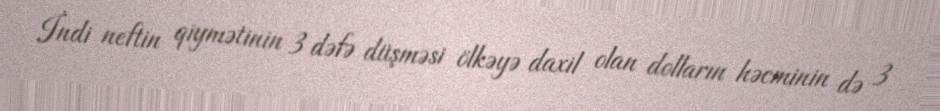
İndi neftin qiymətinin 3 dəfə düşməsi ölkəyə daxil olan dolların həcminin də 3